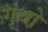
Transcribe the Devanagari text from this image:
गृंथो